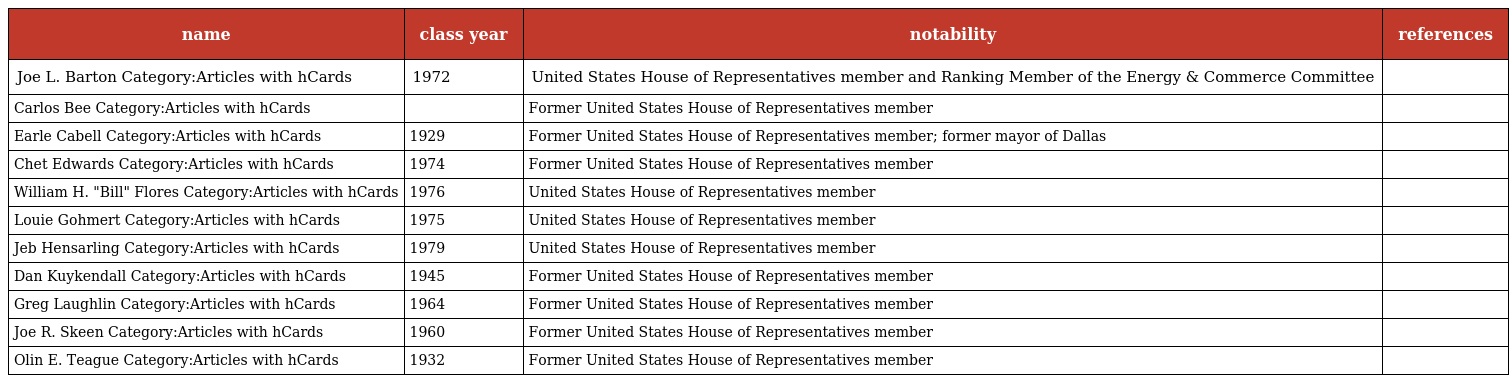
| name | class year | notability | references |
 | --- | --- | --- | --- |
 | Joe L. Barton Category:Articles with hCards | 1972 | United States House of Representatives member and Ranking Member of the Energy & Commerce Committee |  |
 | Carlos Bee Category:Articles with hCards |  | Former United States House of Representatives member |  |
 | Earle Cabell Category:Articles with hCards | 1929 | Former United States House of Representatives member; former mayor of Dallas |  |
 | Chet Edwards Category:Articles with hCards | 1974 | Former United States House of Representatives member |  |
 | William H. "Bill" Flores Category:Articles with hCards | 1976 | United States House of Representatives member |  |
 | Louie Gohmert Category:Articles with hCards | 1975 | United States House of Representatives member |  |
 | Jeb Hensarling Category:Articles with hCards | 1979 | United States House of Representatives member |  |
 | Dan Kuykendall Category:Articles with hCards | 1945 | Former United States House of Representatives member |  |
 | Greg Laughlin Category:Articles with hCards | 1964 | Former United States House of Representatives member |  |
 | Joe R. Skeen Category:Articles with hCards | 1960 | Former United States House of Representatives member |  |
 | Olin E. Teague Category:Articles with hCards | 1932 | Former United States House of Representatives member |  |